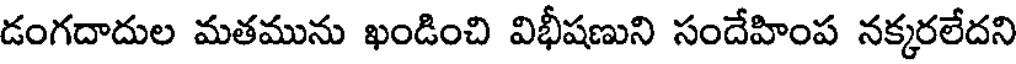
డంగదాదుల మతమును ఖండించి విభీషణుని సందేహింప నక్కరలేదని